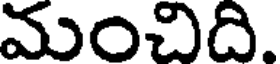
మంచిది.